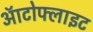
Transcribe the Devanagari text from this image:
ऑटोफ्लाइट